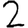
Digit: 2